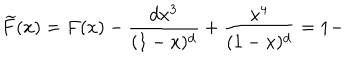
\widetilde { F } ( x ) = F ( x ) - \frac { d x ^ { 3 } } { ( 1 - x ) ^ { d } } + \frac { x ^ { 4 } } { ( 1 - x ) ^ { d } } = 1 -